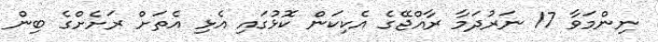
ނިންމަވާ 17 ނަރުދަމާ ރާއްޖޭގެ އެކިކަން ކޮޅުގައި އެޅި އެތަށް ރަށެށްގެ ބިން